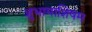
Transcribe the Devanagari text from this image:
शुभामाशिषम